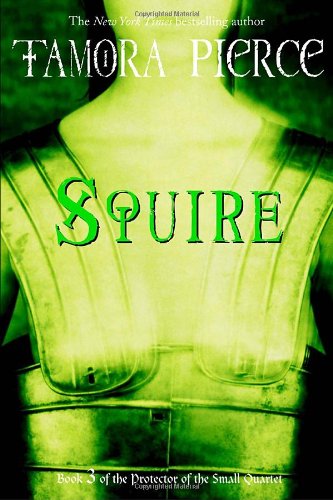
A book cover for Squire: Book 3 of the Protector of the Small Quartet; Tamora Pierce; Teen & Young Adult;